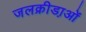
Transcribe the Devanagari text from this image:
जलक्रीडा़ओं